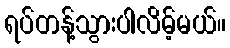
ရပ်တန့်သွားပါလိမ့်မယ်။